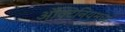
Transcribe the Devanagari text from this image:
ॲक्टिनियमचा